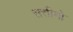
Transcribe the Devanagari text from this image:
सत्तीमो